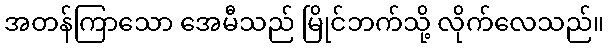
အတန်ကြာသော အေမီသည် မြိုင်ဘက်သို့ လိုက်လေသည်။